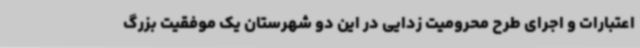
اعتبارات و اجرای طرح محرومیت زدایی در این دو شهرستان یک موفقیت بزرگ